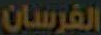
الفرسان